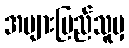
အများပြည်သူမှ